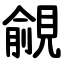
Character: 覦